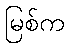
မြစ်က